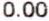
0.00